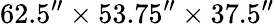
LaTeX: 62.5^{\prime\prime}\times 53.75^{\prime\prime}\times 37.5^{\prime\prime}